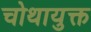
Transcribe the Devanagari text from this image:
चोथायुक्त